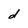
Character: d